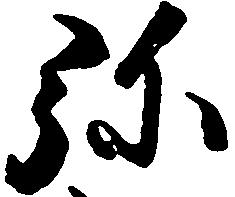
弥